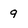
Character: 9